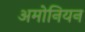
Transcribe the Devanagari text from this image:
अमोनियन